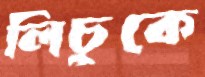
লিচুকে